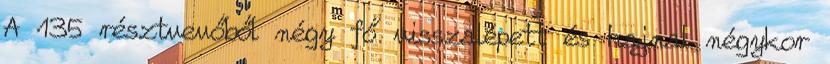
A 135 résztvevőből négy fő visszalépett és hajnal négykor